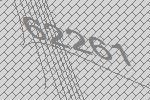
62261